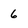
Character: 6